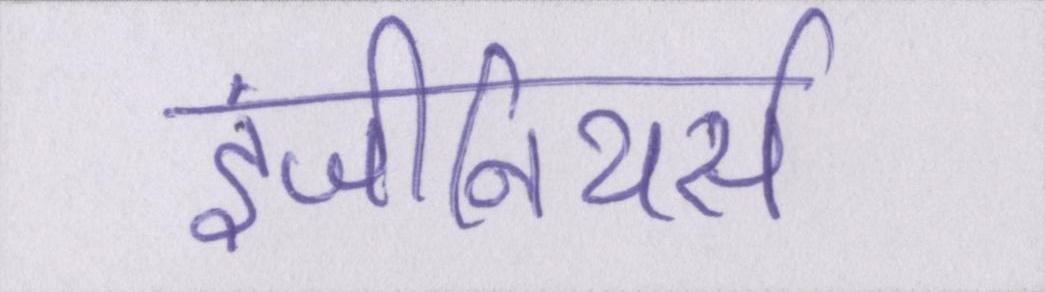
इंजीनियर्स